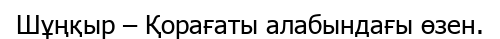
Шұңқыр – Қорағаты алабындағы өзен.